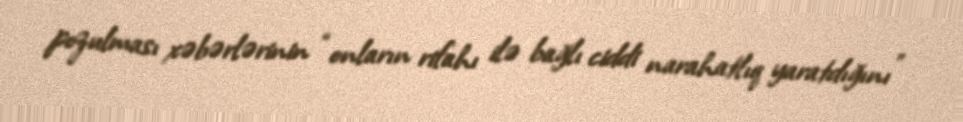
pozulması xəbərlərinin “onların rifahı ilə bağlı ciddi narahatlıq yaratdığını”